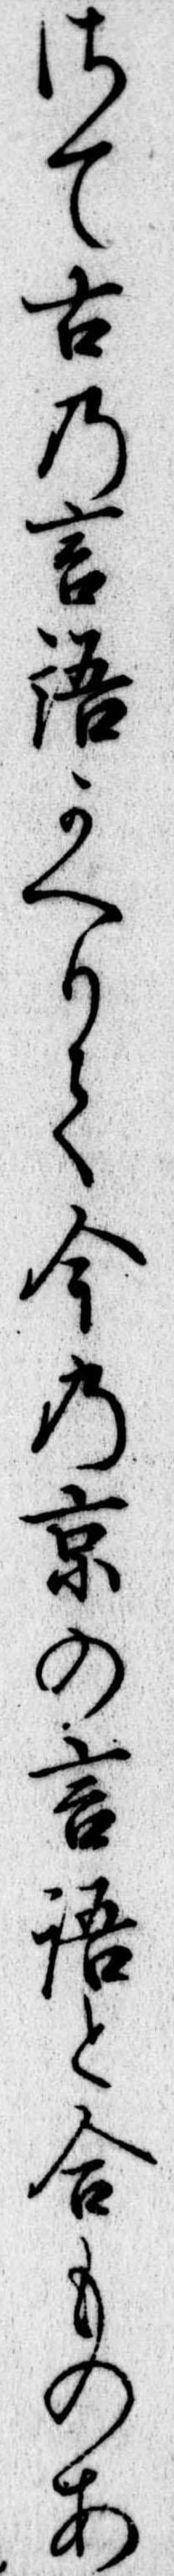
さて古の言語かへりて今の京の言語と合ものあ